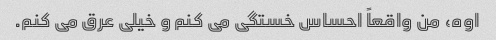
اوه، من واقعاً احساس خستگی می کنم و خیلی عرق می کنم.